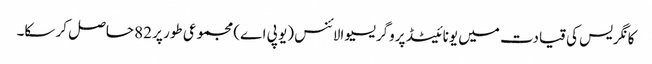
کانگریس کی قیادت میں یونائیٹڈ پروگریسیو الائنس (یو پی اے) مجموعی طور پر 82 حاصل کر سکا۔